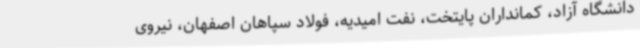
دانشگاه آزاد، کمانداران پایتخت، نفت امیدیه، فولاد سپاهان اصفهان، نیروی